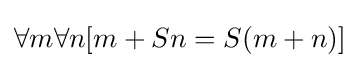
\forall m\forall n[m+Sn=S(m+n)]